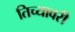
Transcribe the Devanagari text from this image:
तिच्यावरी